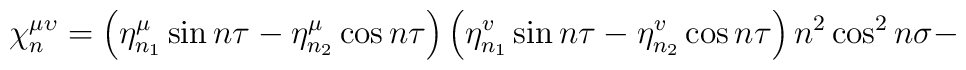
{\ \chi _{n}^{\mu \upsilon }=\left( \eta _{n_{1}}^{\mu }\sin n\tau -\eta_{n_{2}}^{\mu }\cos n\tau \right) \left( \eta _{n_{1}}^{v}\sin n\tau -\eta_{n_{2}}^{v}\cos n\tau \right) n^{2}\cos ^{2}n\sigma - }